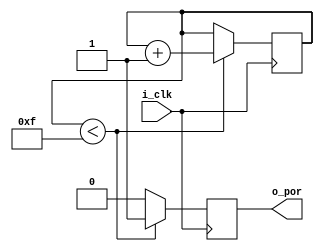
/*********************************************************************
Victor Vasquez
description: power on reset of 16 clock cycles
**********************************************************************/

module power_on_reset(
    input   i_clk,
    output reg o_por = 1'b1
);

reg [3:0]r_counter = 4'h0;

always @ (posedge i_clk) begin
    if (r_counter < 4'hf) begin
        o_por       <= 1'b1;
        r_counter   <= r_counter + 4'h1;
    end
    else begin
        o_por   <= 1'b0;
    end
end

endmodule